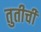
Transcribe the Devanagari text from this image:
तुतीची